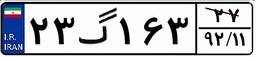
۲۳گ۱۶۳۲۷